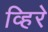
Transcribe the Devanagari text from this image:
व्हिरे